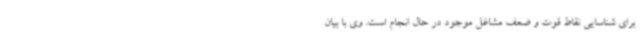
برای شناسایی نقاط قوت و ضعف مشاغل موجود در حال انجام است. وی با بیان